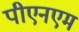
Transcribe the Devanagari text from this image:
पीएनएम